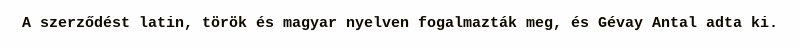
A szerződést latin, török és magyar nyelven fogalmazták meg, és Gévay Antal adta ki.